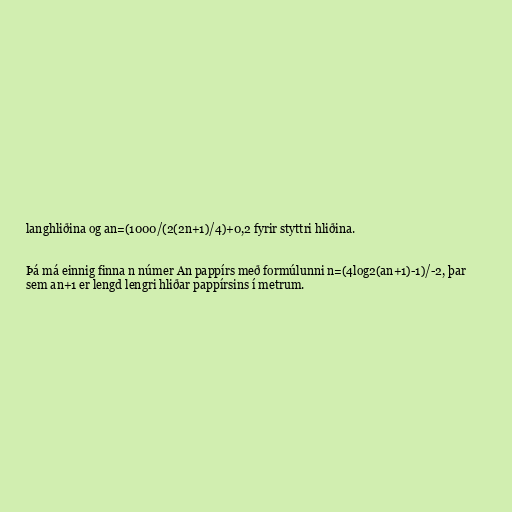
langhliðina og an=(1000/(2(2n+1)/4)+0,2 fyrir styttri hliðina.

Þá má einnig finna n númer An pappírs með formúlunni n=(4log2(an+1)-1)/-2, þar
sem an+1 er lengd lengri hliðar pappírsins í metrum.